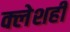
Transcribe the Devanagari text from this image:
क्लेशही